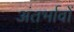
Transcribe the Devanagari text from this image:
अंतर्भावों